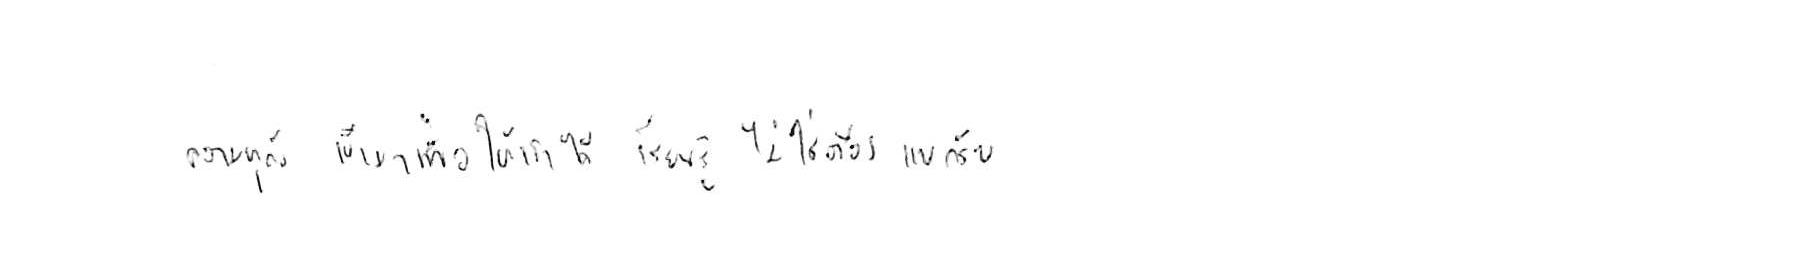
ความทุกข์ เข้ามาเพื่อให้เราได้ เรียนรู้ ไม่ใช่ต้อง แบกรับ